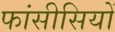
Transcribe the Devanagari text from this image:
फांसीसियों